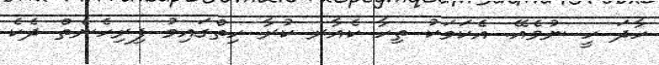
ހާދަ ހީ ނުވެއޭ. އެކަމަކު ތިހާ ކެއާރ ކުރާ ހިތްގައިމު ފިރިހެނެތް ދެކެ